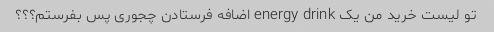
تو لیست خرید من یک energy drink اضافه فرستادن چجوری پس بفرستم؟؟؟